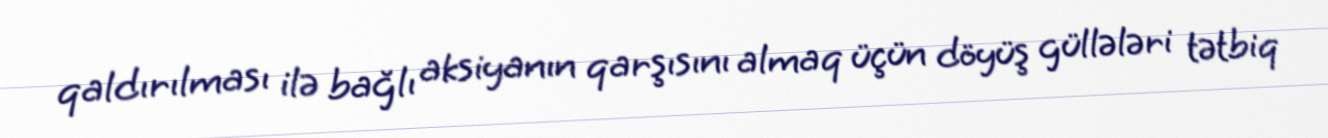
qaldırılması ilə bağlı aksiyanın qarşısını almaq üçün döyüş güllələri tətbiq